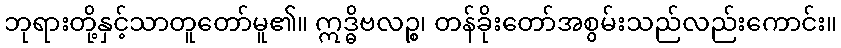
ဘုရားတို့နှင့်သာတူတော်မူ၏။ ဣဒ္ဓိဗလဉ္စ၊ တန်ခိုးတော်အစွမ်းသည်လည်းကောင်း။